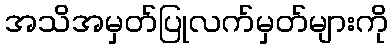
အသိအမှတ်ပြုလက်မှတ်များကို